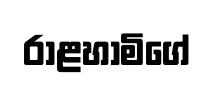
රාළහාමිගේ